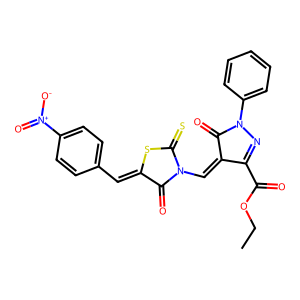
SMILES: CCOC(=O)C1=NN(c2ccccc2)C(=O)C1=CN1C(=O)C(=Cc2ccc([N+](=O)[O-])cc2)SC1=S
Inhibits HIV replication: No